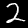
Digit: 2